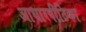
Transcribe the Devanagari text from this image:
आधारपीठिका